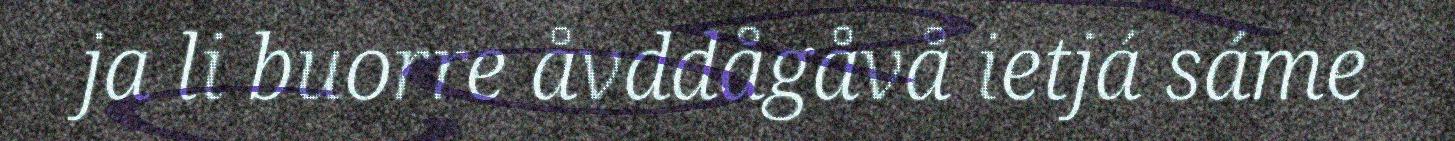
ja li buorre åvddågåvå ietjá sáme